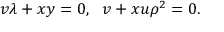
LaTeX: v \lambda + x y = 0 , ~ ~ v + x u \rho ^ { 2 } = 0 .